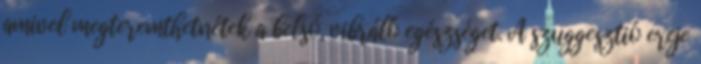
amivel megteremthetnétek a belső, vibráló egészséget. A szuggesztió ereje